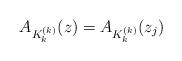
LaTeX: \begin{gather*}A_{K_k^{(k)}}(z)=A_{K_k^{(k)}}(z_j)\end{gather*}